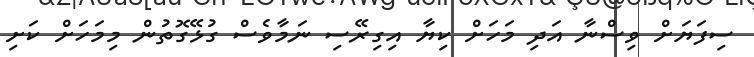
ސިފަޔަށް ވިސްނާ އަދި މަހަށް ކިޔާ އިގިރޭސި ނަމާވެސް ގުޅޭގޮތުން މިމަހަށް ކަށި